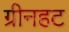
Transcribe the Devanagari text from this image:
ग्रीनहट